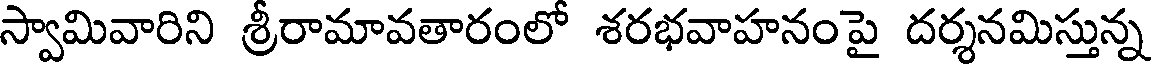
స్వామివారిని శ్రీరామావతారంలో శరభవాహనంపై దర్శనమిస్తున్న